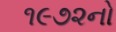
૧૯૭૨નો